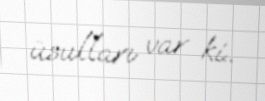
üsulları var ki..